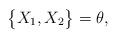
LaTeX: \begin{align*}\big\{X_{1}, X_{2}\big\}=\theta,\end{align*}